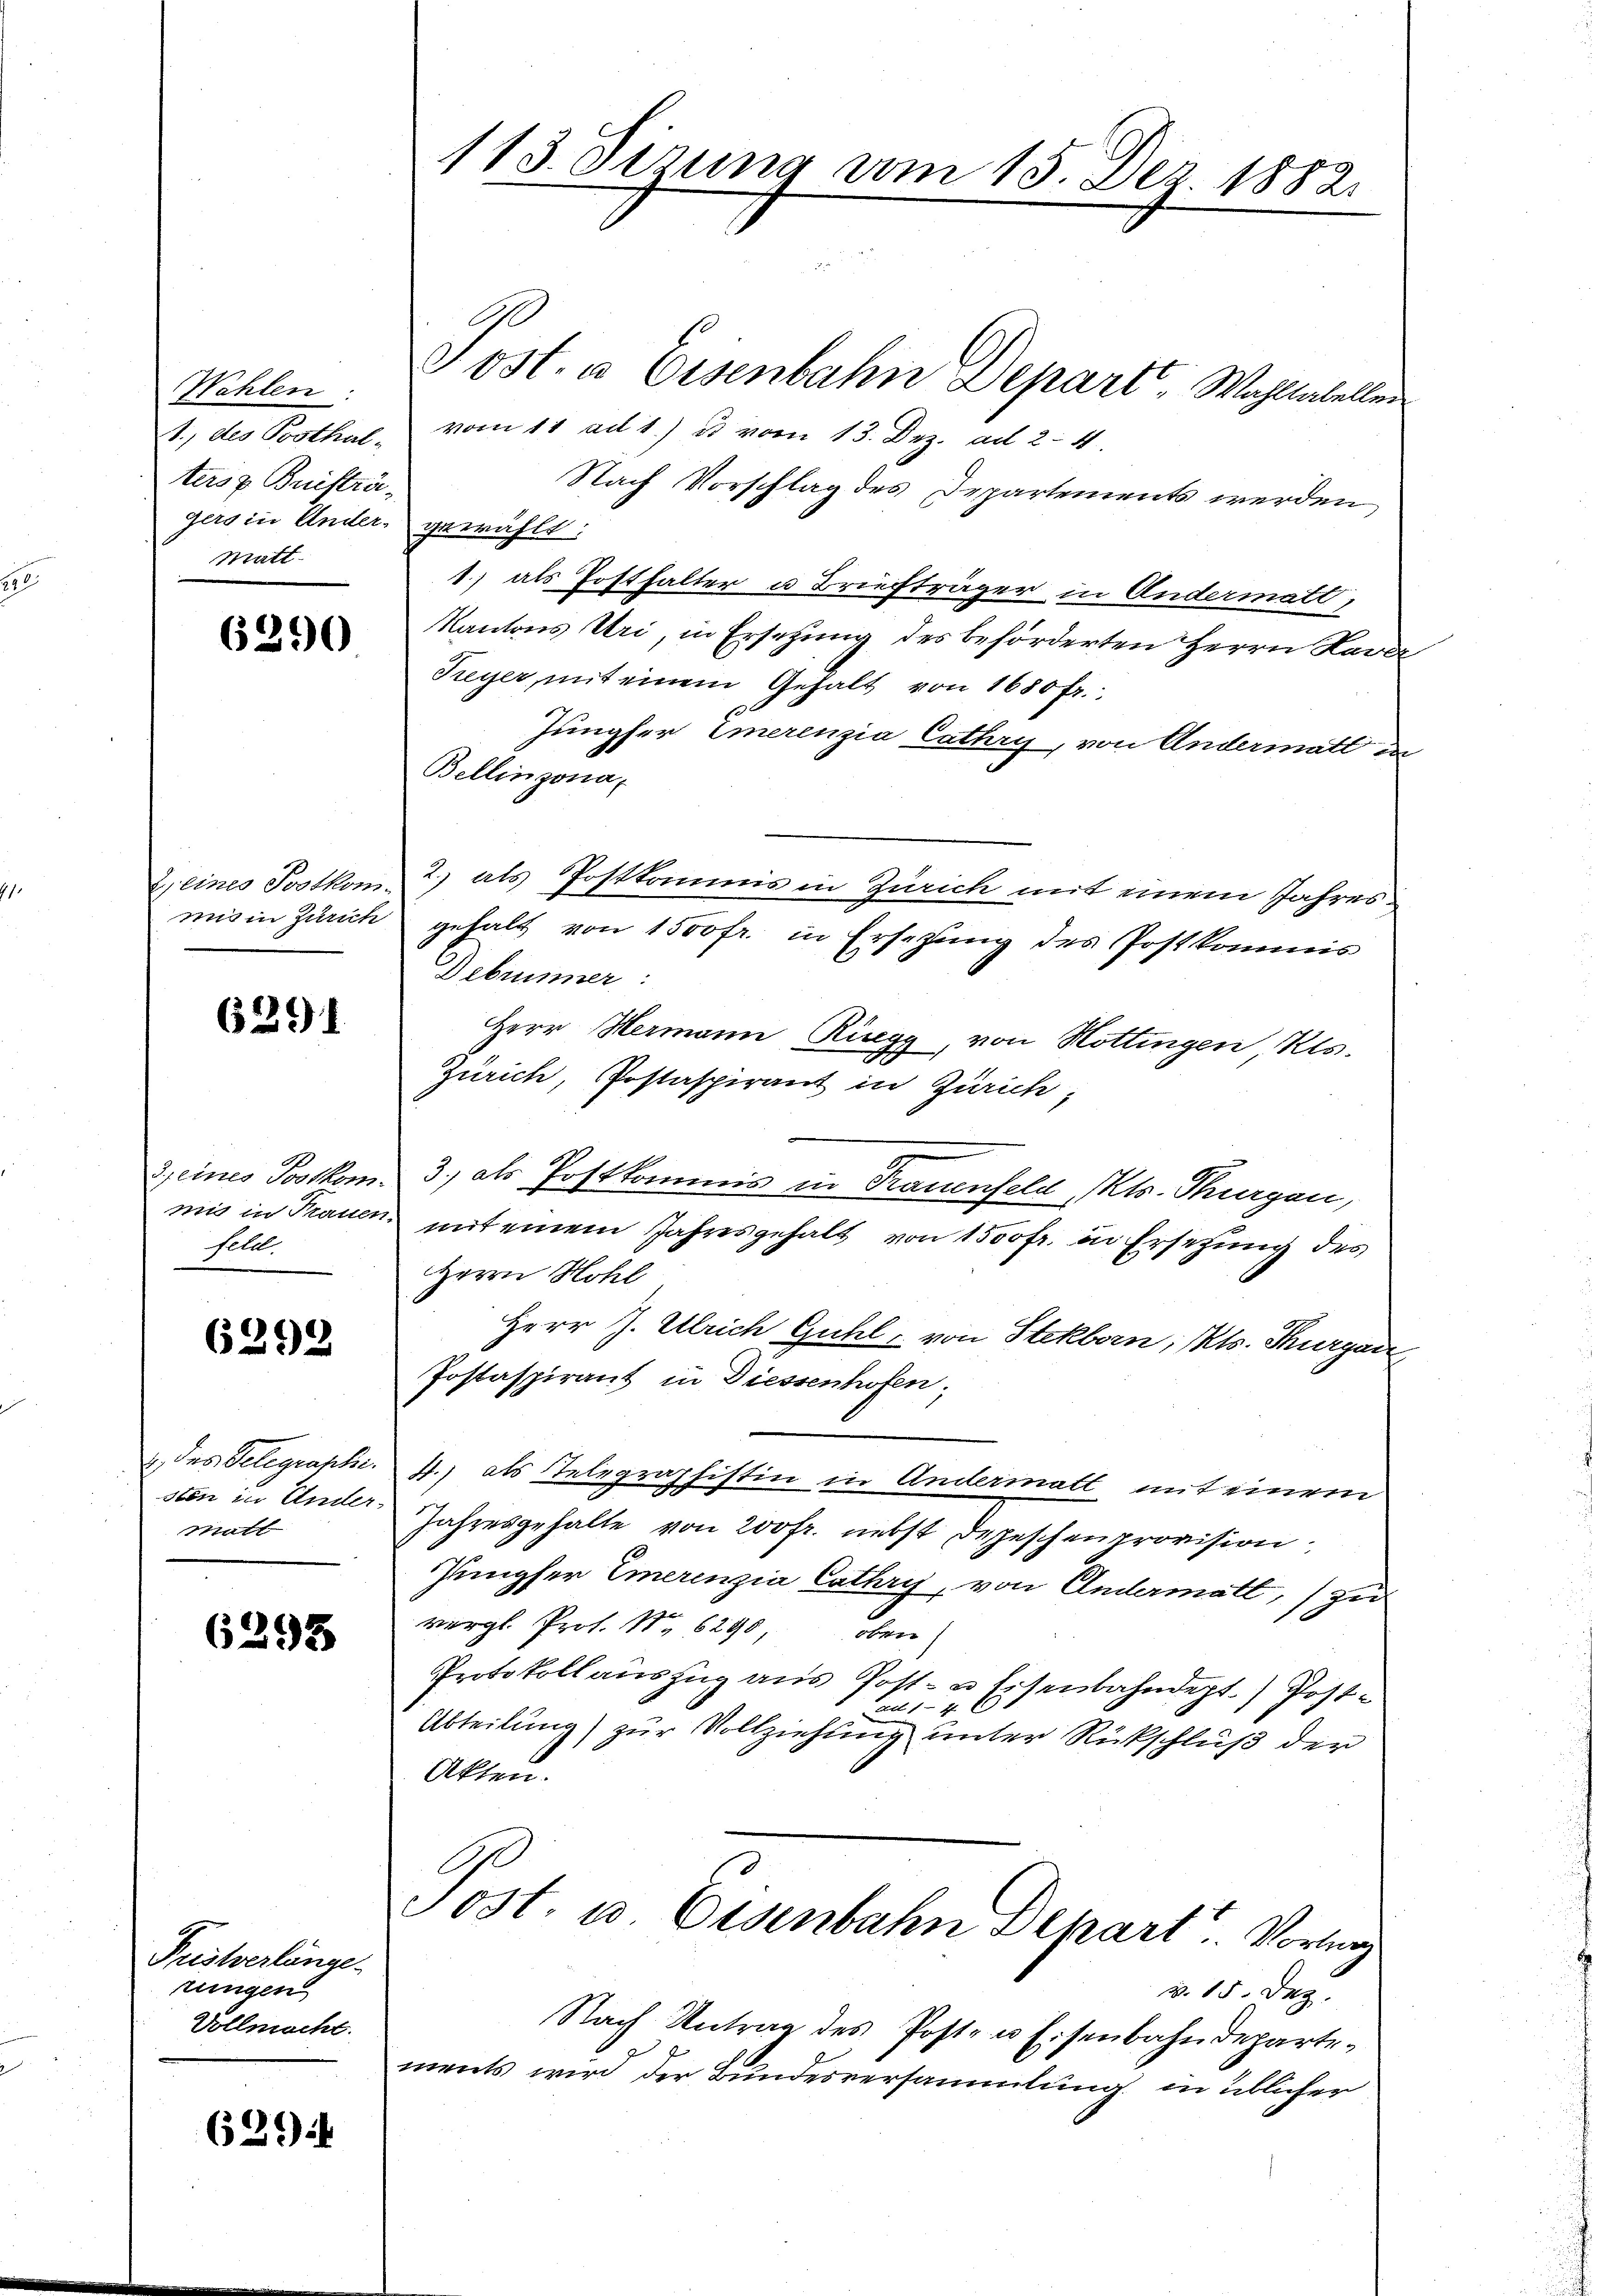
Wahlen:
1., des Posthal-
ters z. Bnistragers in Ander-
Matt.

6290

Zeines Postkom-
mis in Zürich

6291

deines Postkom
mig in Trauen.
Feld

6292

2 des Gelegraphi
sten in Ander-
Matt

6295

Fristverlänge
rungen
Vollmacht.

6294

113. Oerung vom 15. Dez. 1882.

Post. a Eisenbahn Departe Wohltatellen
vom 11. ad 1.) es vom 13. Dez. ad 2. 4
Nach Vorschlag des Departements werden,
ihe wählt:
1.) als Posthalter u Briefträger in Andermatt,
Kantons Uri, in Ersetzung des beförderten Herrn Haver
Treyer, mit einem Gehalt von 1650 fr.
Jungfer Emerenzia Cathry, von Andermall
Bellinzona,
2) als Postkommnis in Zürich mit einem Jahresgehalt von 1500 fr. in Ersetzung des Postkommis
Debrunner
Herr Hermann Riegg, von Hottingen Kts.
Zürich, Postaspirant in Zürich,
3., als Postkommis in Frauenfeld, Kts. Segen,
mit einem Jahresgehalt von 1500 fr. in Ersetzung des
Herrn Hohl
Herr J. Ulrich Guhl, von Stekborn, Kts. Thurgau
Postaspirant in Diessenhofen,
4.) als Telegraphistin in Andermatt mit einem
Jahresgehalte von 200 fr. nebst Depeschen provision
Jungfer Emerenzia Cathri, von Andermatt, zu
vergl. Prof. S. 6290,
oben
Prtokollauszug aus Post- u Eisenbahndept.) Postau 14 x
Abteilung) zur Vollziehung unter Rückschluß der
Akten.
C
Post. u. Eisenbahn Behart. Vortrag
v. 15. Dez.
Nach Antrag des Post- u Eisenbahndepartements wird der Bundesversammlung in üblicher